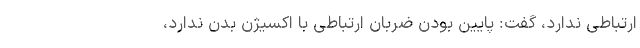
ارتباطی ندارد، گفت: پایین بودن ضربان ارتباطی با اکسیژن بدن ندارد،